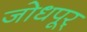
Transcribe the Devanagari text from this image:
जोधपूर्